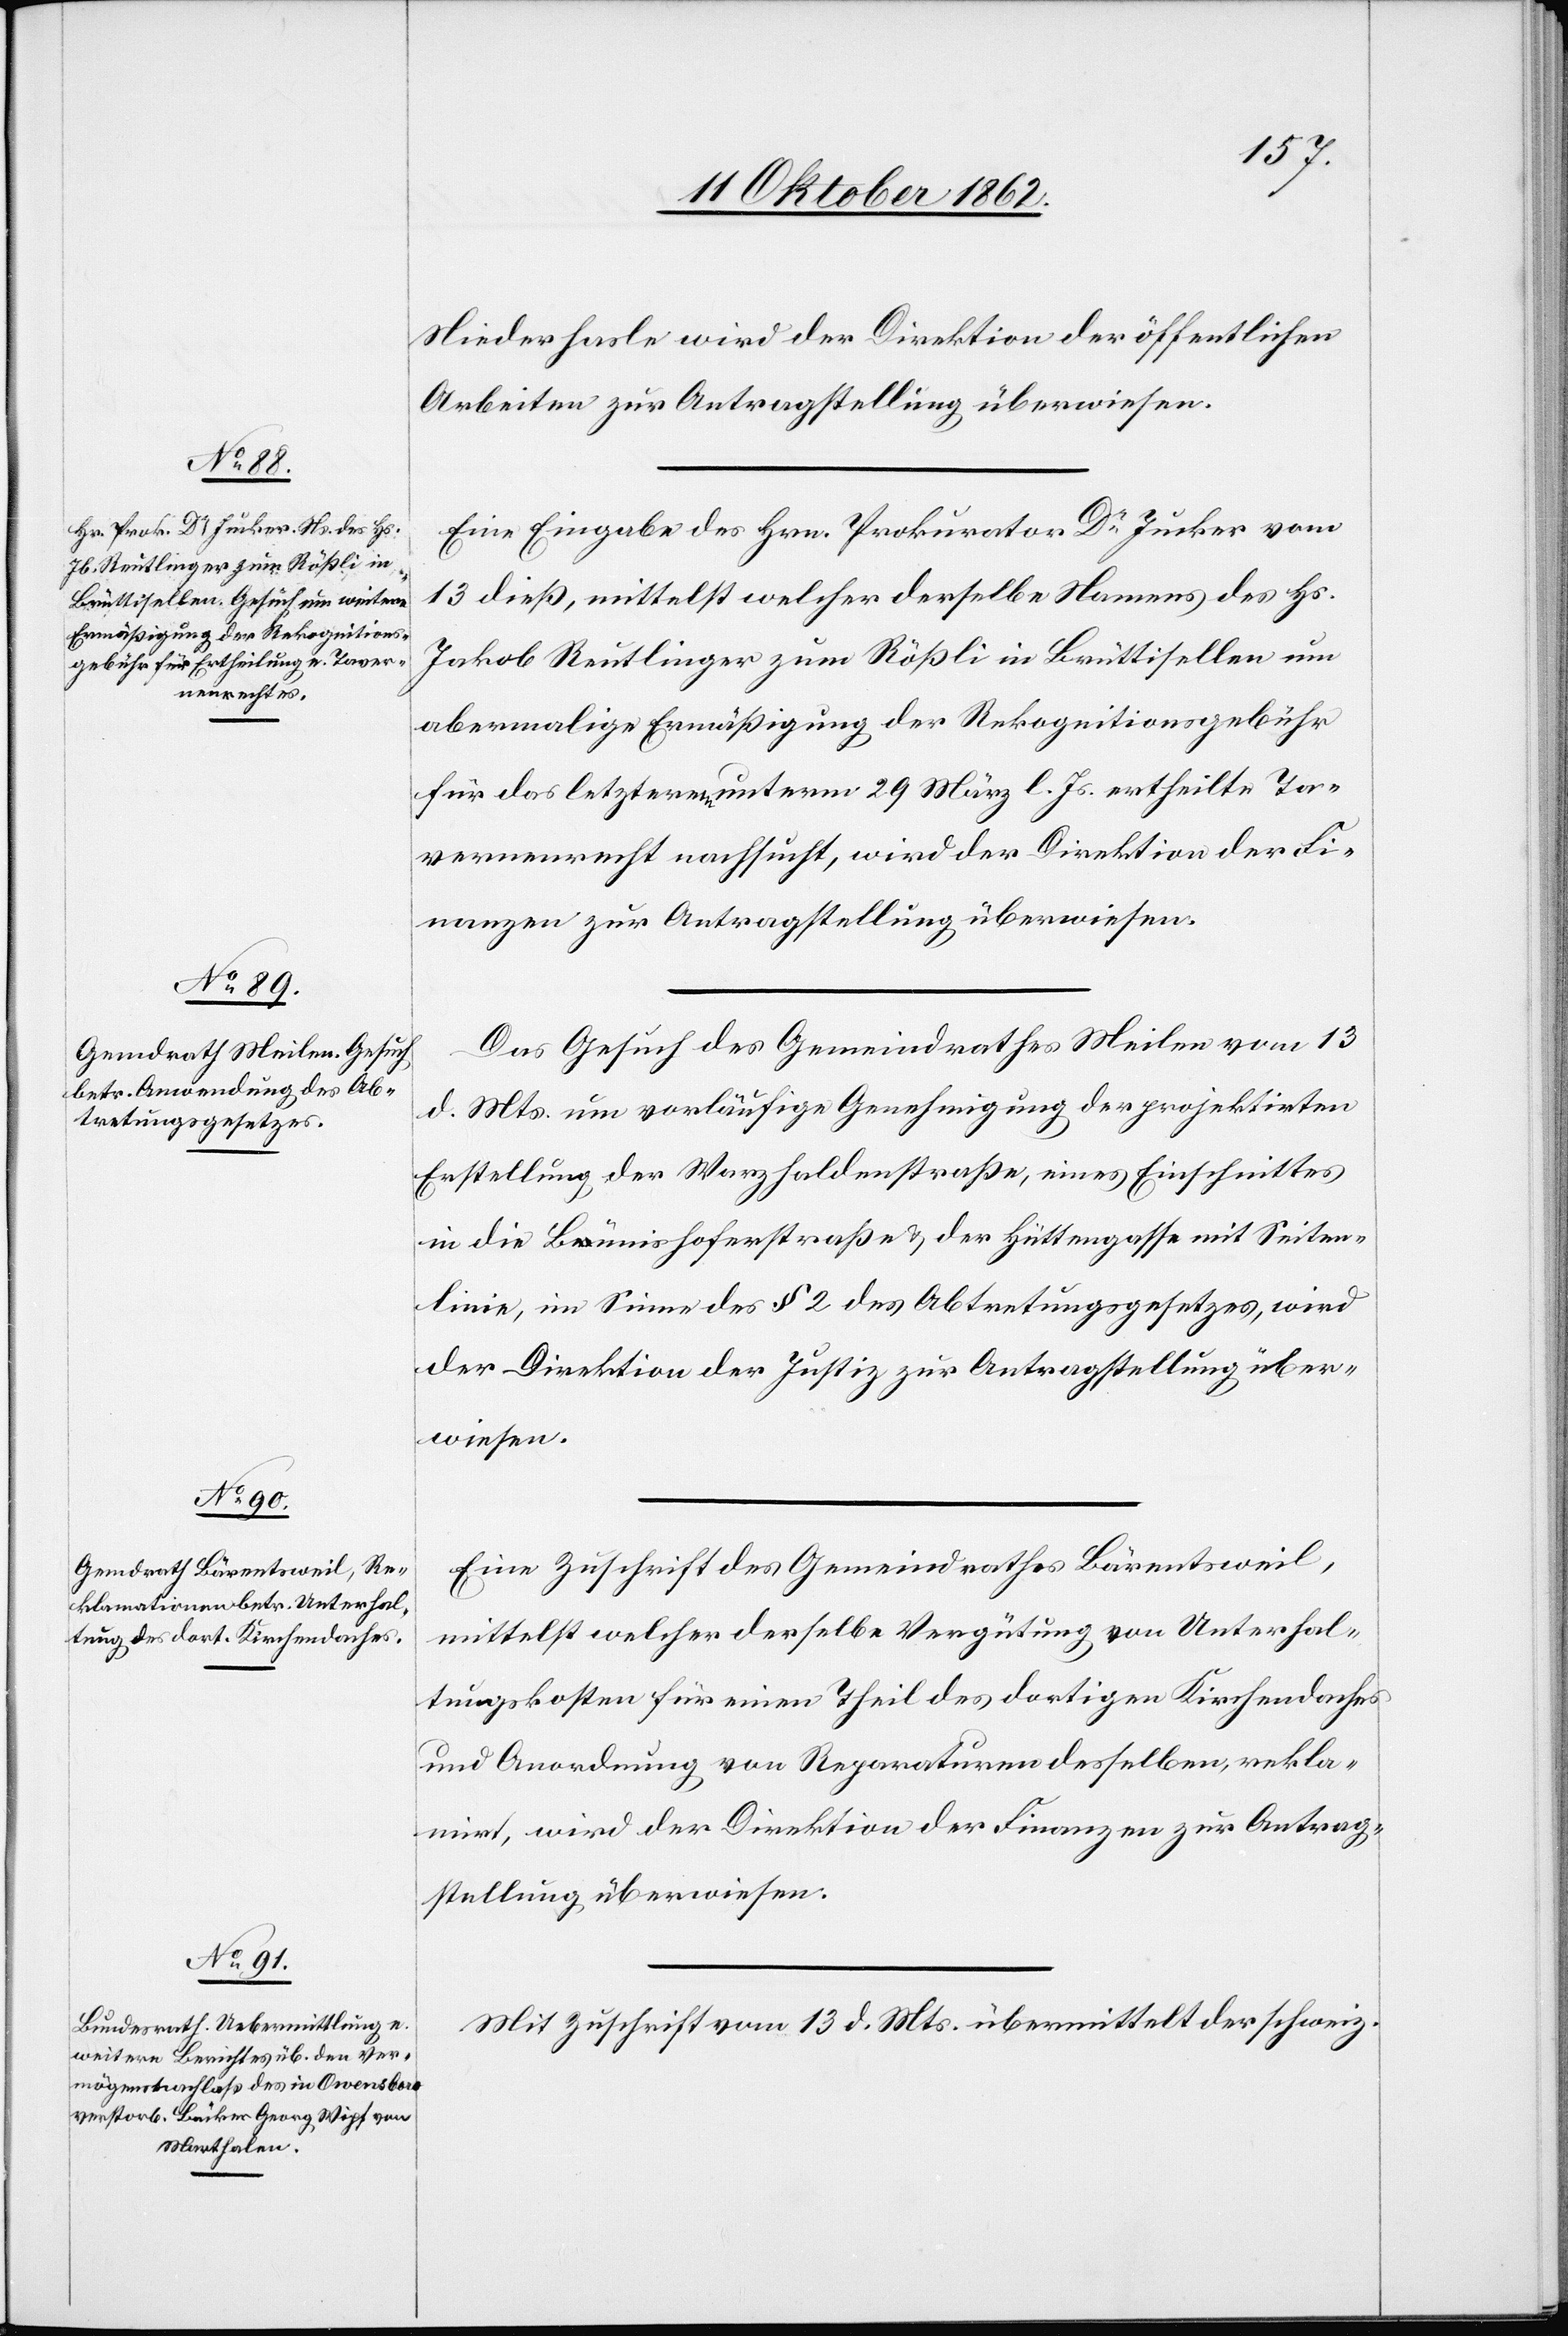
14. Oktober 1862.]
Arbeiten zur Antragstellung überwiesen.
Eine Eingabe des Hrn. Prokurator Dr. Jucker vom
13. dieß, mittelst welcher derselbe Namens des Hs.
Jakob Reutlinger zum Rößli in Brüttisellen um
abermalige Ermäßigung der Rekognitionsgebühr
für das letzterem unterm 29. März l. Js. ertheilte Ta¬
vernenrecht nachsucht, wird der Direktion der Fi¬
nanzen zur Antragstellung überwiesen.
Das Gesuch des Gemeindrathes Meilen vom 13.
d. Mts. um vorläufige Genehmigung der projektirten
Erstellung der Warzhaldenstraße, eines Einschnittes
in die Bünishoferstraße u. der Hüttengasse mit Seiten¬
linie, im Sinne des § 2 des Abtretungsgesetzes, wird
der Direktion der Justiz zur Antragstellung über¬
wiesen.
Eine Zuschrift des Gemeindrathes Bärentsweil,
mittelst welcher derselbe Vergütung von Unterhal¬
tungskosten für einen Theil des dortigen Kirchendaches
und Anordnung von Reparaturen desselben, rekla¬
mirt, wird der Direktion der Finanzen zur Antrag¬
stellung überwiesen.
Mit Zuschrift vom 13. d. Mts. übermittelt der schweiz.